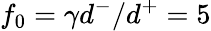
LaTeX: f_{0}=\gamma d^{-}/d^{+}=5